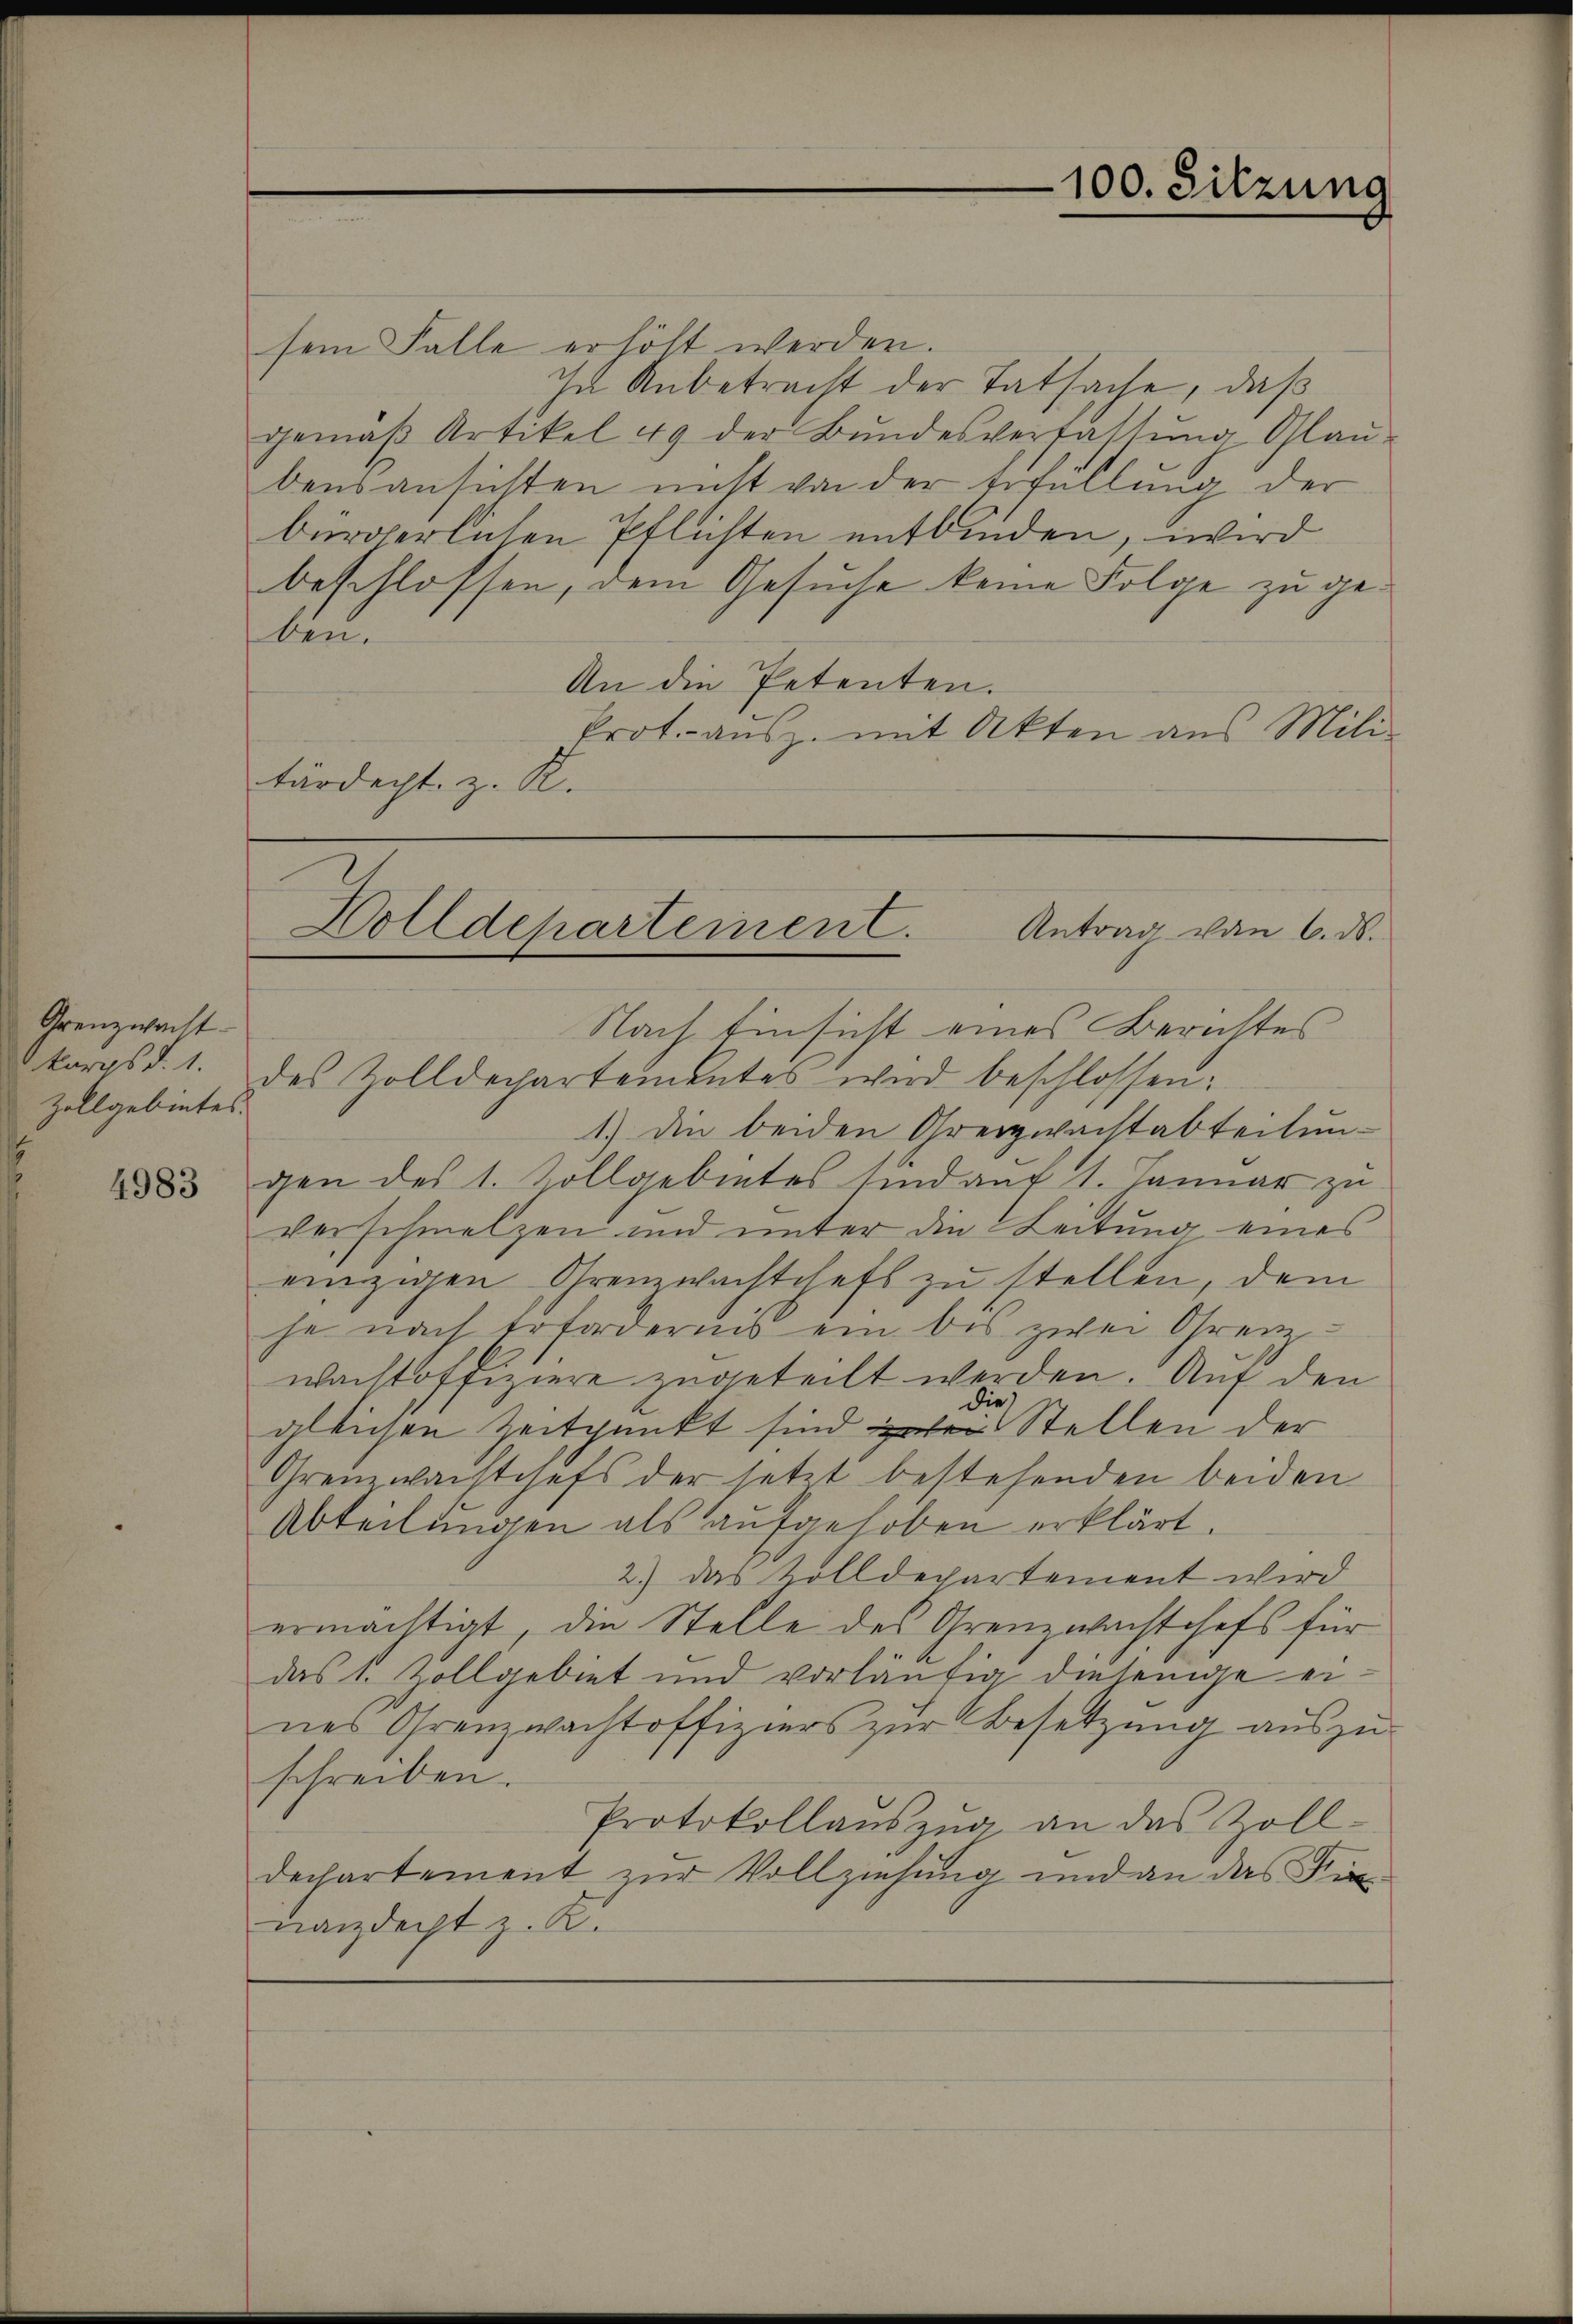
Grenzwacht
Zollgebietes.

4983

sem Falle erhöht werden.
In Anbetracht der Tatsache, daß
gemäβ Artikel 49 der Bŭndesverfassŭng Glaŭ-
bensansichten nicht von der Erfüllung der
bürgerlichen Pflichten entbinden, wird
beschlossen, dem Gesuche keine Folge zu geben.
An die Petenten.
Prot. ausz. mit Akten aus Mili-
tärdecht, z. R.

Nach Einsicht eines Berichtes
Okorps d. 1. des Zolldepartementes wird beschlossen:
1.) Die beiden Grenzwachtabteilungen des 1. Zollgebietes sind auf 1. Januar zu
verschmelzen und unter die Leitung eines
einzigen Grenzwachtschaft zu stellen, dem
je nach Erfordernis ein bis zwei Grenz-
wachtoffiziere zugeteilt werden. Auf den
die
gleichen Zeitpunkt sind bei Stellen der
Grenzwachtchefs der setzt bestehenden beiden
Abteilungen als aufgehoben erklärt.
2) das Zolldepartement wird
ermächtigt, die Stelle des Grenzwachtchefs für
das 1. Zollgebiet und vorläufig diejenige eines Grenzwachtoffiziers zur Besetzung auszuschreiben.
Protokollaŭszŭg an das Zoll-
Dechartement zur Vollziehung und an das Kin-
Landacht z. K.

100. Sitzung

Holldepartement. Antrag von 6. ds.